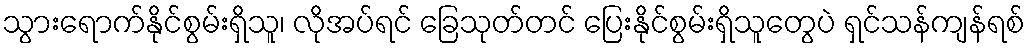
သွားရောက်နိုင်စွမ်းရှိသူ၊ လိုအပ်ရင် ခြေသုတ်တင် ပြေးနိုင်စွမ်းရှိသူတွေပဲ ရှင်သန်ကျန်ရစ်